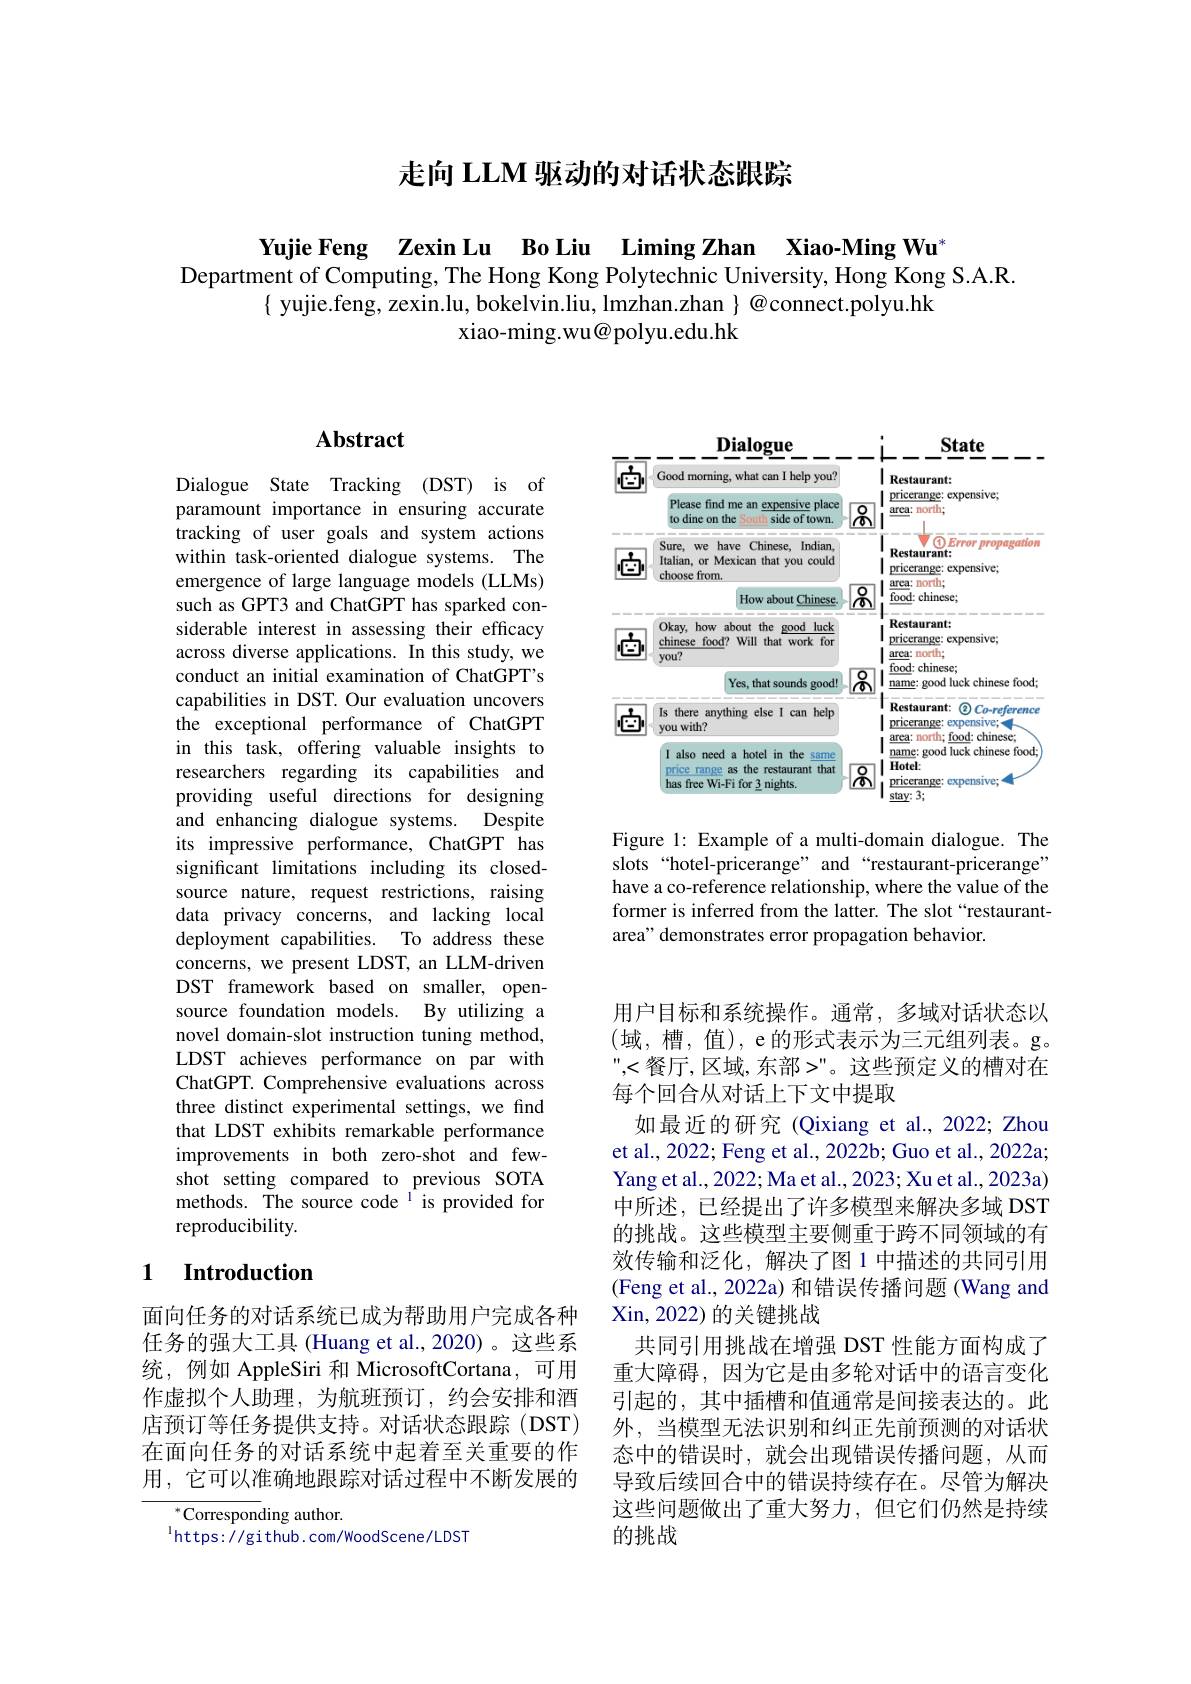
# 走向 LLM 驱动的对话状态跟踪

Yujie Feng Zexin Lu Bo Liu Liming Zhan Xiao-Ming Wu
Department of Computing, The Hong Kong Polytechnic University, Hong Kong S.A.R
$\{$ yujie.feng, zexin.lu, bokelvin.liu, lmzhan.zhan $\}$ @connect.polyu.hk
xiao-ming.wu@polyu.edu.hk

## $\mathbf{Abstract}$

Dialogue State Tracking (DST) is of paramount importance in ensuring accurate tracking of user goals and system actions within task-oriented dialogue systems. The emergence of large language models (LLMs) such as GPT3 and ChatGPT has sparked considerable interest in assessing their efficacy across diverse applications. In this study, we conduct an initial examination of ChatGPT's capabilities in DST. Our evaluation uncovers the exceptional performance of ChatGPT in this task, offering valuable insights to researchers regarding its capabilities and providing useful directions for designing and enhancing dialogue systems. Despite its impressive performance, ChatGPT has significant limitations including its closedsource nature, request restrictions, raising data privacy concerns, and lacking local deployment capabilities. To address these concerns, we present LDST, an LLM-driven DST framework based on smaller, opensource foundation models. By utilizing a novel domain-slot instruction tuning method, LDST achieves performance on par with ChatGPT. Comprehensive evaluations across three distinct experimental settings, we find that LDST exhibits remarkable performance improvements in both zero-shot and fewshot setting compared to previous SOTA methods. The source code $^{\mathrm{l}}$is provided for reproducibility.

## 1 $\textbf{Introduction}$

面向任务的对话系统已成为帮助用户完成各种任务的强大工具 (Huang et al.,2020)。这些系统，例如 AppleSiri 和 MicrosoftCortana, 可用作虚拟个人助理，为航班预订，约会安排和酒店预订等任务提供支持。对话状态跟踪(DST) 在面向任务的对话系统中起着至关重要的作用，它可以准确地跟踪对话过程中不断发展的

${^{*}\text{Corresponding author.}}$
$^{1}$https: //github. com/WoodScene/LDST

<FigureHere>

Figure 1: Example of a multi-domain dialogue. The slots“hotel-pricerange”and“restaurant-pricerange” have a co-reference relationship, where the value of the former is inferred from the latter. The slot “restaurantarea" demonstrates error propagation behavior.

用户目标和系统操作。通常，多域对话状态以(域，槽，值),e的形式表示为三元组列表。g。",<餐厅，区域，东部>"。这些预定义的槽对在每个回合从对话上下文中提取
如最近的研究(Qixiang et al., 2022; Zhou et al., 2022; Feng et al., 2022b; Guo et al., 2022a; Yang et al., 2022; Ma et al., 2023; Xu et al., 2023a) 中所述，已经提出了许多模型来解决多域 DST 的挑战。这些模型主要侧重于跨不同领域的有效传输和泛化，解决了图 1 中描述的共同引用(Feng et al., 2022a) 和错误传播问题 (Wang and Xin, 2022) 的关键挑战
共同引用挑战在增强 DST 性能方面构成了重大障碍，因为它是由多轮对话中的语言变化引起的，其中插槽和值通常是间接表达的。此外，当模型无法识别和纠正先前预测的对话状态中的错误时，就会出现错误传播问题，从而导致后续回合中的错误持续存在。尽管为解决这些问题做出了重大努力，但它们仍然是持续的挑战